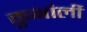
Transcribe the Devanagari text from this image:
कुभांर्ली